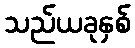
သည်ယခုနှစ်